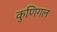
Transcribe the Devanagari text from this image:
कुणिगल